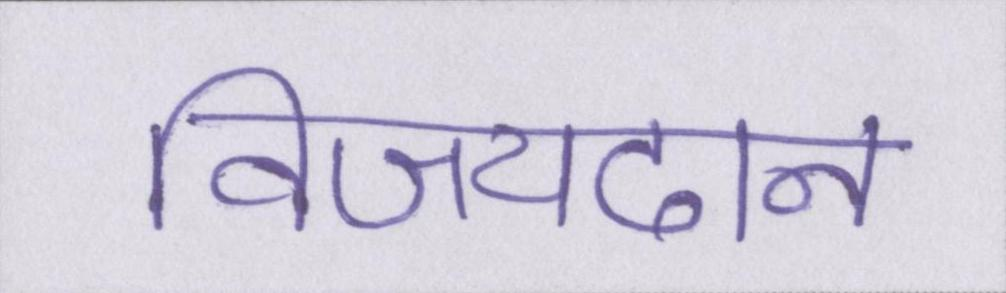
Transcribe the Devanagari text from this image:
विजयदान